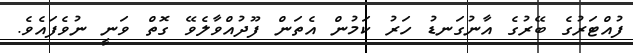
ފުއްޓަރުގެ ބޭރުގެ އާނުގަނޑު ހަރު ކަމުން އެތަން ފޫދުއްވާލެވޭ ގޮތް ވަނީ ނުވެފައެވެ.